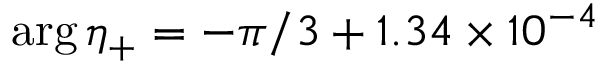
\arg \eta _ { + } = - \pi / 3 + 1 . 3 4 \times 1 0 ^ { - 4 }